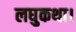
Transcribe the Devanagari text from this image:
लघुकथा।